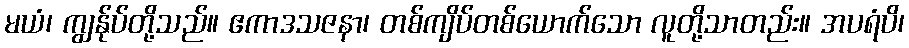
မယံ၊ ကျွန်ုပ်တို့သည်။ ဧကာဒသဇနာ၊ တစ်ကျိပ်တစ်ယောက်သော လူတို့သာတည်း။ အပရံပိ၊